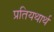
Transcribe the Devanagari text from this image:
प्रतियथार्थ